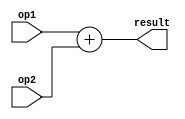
`timescale 1ns / 1ps
//////////////////////////////////////////////////////////////////////////////////
// Company: 
// Engineer: 
// 
// Design Name: 
// Module Name: Adder
// Project Name: 
// Target Devices: 
// Tool Versions: 
// Description: 
// 
// Dependencies: 
// 
// Revision:
// Revision 0.01 - File Created
// Additional Comments:9
// 
//////////////////////////////////////////////////////////////////////////////////


module Adder(
    input [19:0] op1, 
    input [19:0] op2,
    output [19:0] result
    );
    
    assign result = op1 + op2;
    
endmodule